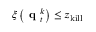
\xi \left( \normalfont { \textbf { q } } _ { t } ^ { k } \right) \leq z _ { \mathrm { k i l l } }